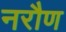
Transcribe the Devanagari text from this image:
नरौण